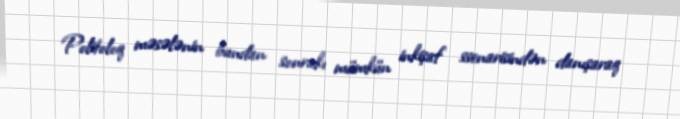
Politoloq məsələnin bundan sonrakı mümkün inkişaf ssenarisindən danışaraq